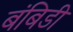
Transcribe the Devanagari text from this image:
बंबिडी